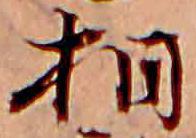
相